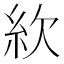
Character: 䊻